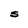
Character: S